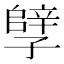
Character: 𫲲